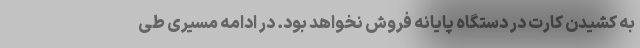
به کشیدن کارت در دستگاه پایانه فروش نخواهد بود. در ادامه مسیری طی